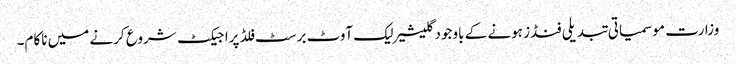
وزارت موسمیاتی تبدیلی فنڈز ہونے کے باوجودگلیشیر لیک آوٹ برسٹ فلڈ پراجیکٹ شروع کرنے میں ناکام۔